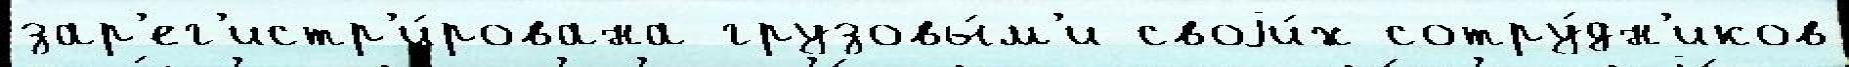
зар'ег'истр'и́рована грузовы́м'и своjи́х сотру́дн'иков